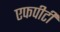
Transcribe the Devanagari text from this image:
एफपीटी